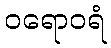
ဝရောဝရံ